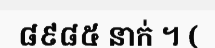
៨៩៨៥ នាក់ ។ (